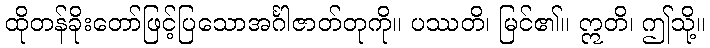
ထိုတန်ခိုးတော်ဖြင့်ပြသောအင်္ဂါဇာတ်တုကို။ ပဿတိ၊ မြင်၏။ ဣတိ၊ ဤသို့။